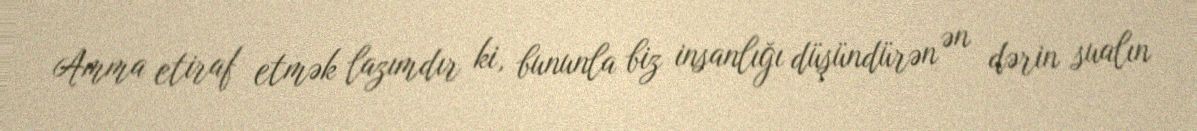
Amma etiraf etmək lazımdır ki, bununla biz insanlığı düşündürən ən dərin sualın